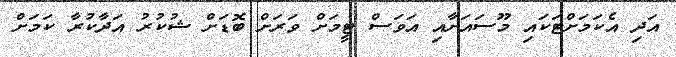
އަދި އެކަމަށްޓަކައި މޫސައަށާއި އަވަސް ޓީމަށް ވަރަށް ބޮޑަށް ޝުކުރު އަދާކުރާ ކަމަށް